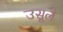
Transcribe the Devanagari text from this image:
उसूले